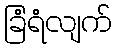
ခြံရံလျက်